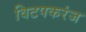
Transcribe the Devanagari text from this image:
विटपकरंज